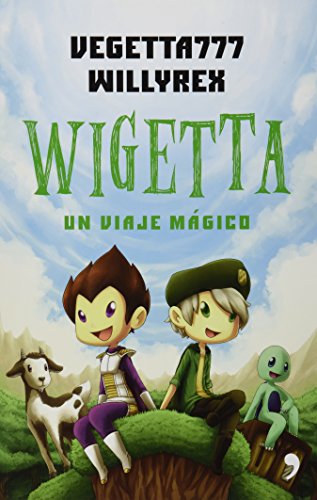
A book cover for Wigetta (Spanish Edition); Vegetta777; Teen & Young Adult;